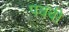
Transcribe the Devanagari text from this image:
पबबी